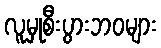
လူမှုစီးပွားဘဝများ